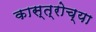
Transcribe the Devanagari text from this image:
कास्त्रोच्या